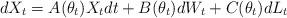
LaTeX: \begin{align*}dX_t=A(\theta_t)X_t dt+B(\theta_t)dW_t+C(\theta_t)dL_t\end{align*}